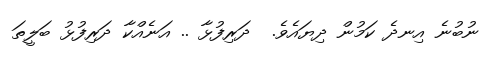
ނުބުނެ އިނދެ ކަމުން ދިޔައެވެ.  ދަރިފުޅާ .. އަނެއްކާ ދަރިފުޅު ބަލީތަ